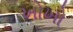
ખોખો